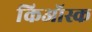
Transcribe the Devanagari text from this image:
किऑस्क